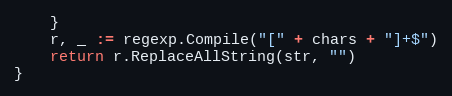
Language: Go
	}
	r, _ := regexp.Compile("[" + chars + "]+$")
	return r.ReplaceAllString(str, "")
}